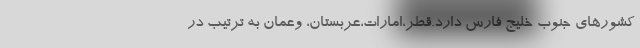
کشورهای جنوب خلیج فارس دارد.قطر،امارات،عربستان، وعمان به ترتیب در